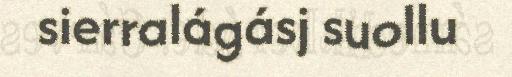
sierralágásj suollu